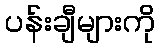
ပန်းချီများကို